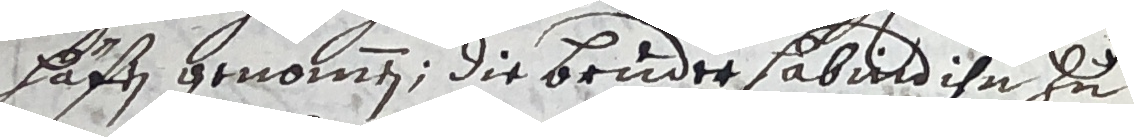
hafen benommen, die bruder habuld ihn zu